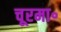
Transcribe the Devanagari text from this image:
चूरमा॰